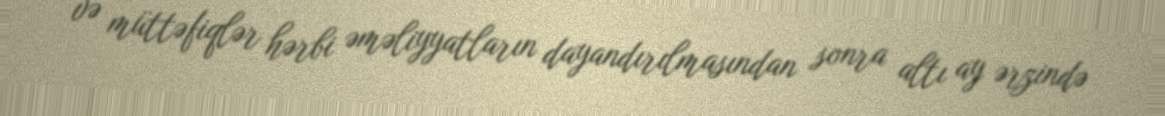
və müttəfiqlər hərbi əməliyyatların dayandırılmasından sonra altı ay ərzində